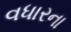
વધારના